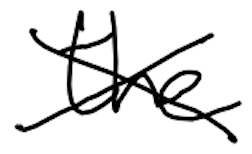
Text: the
Cross-out: cross
Writing tool: digital_black